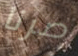
صرنا